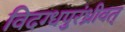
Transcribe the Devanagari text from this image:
विदग्धपुरंध्रीवत्